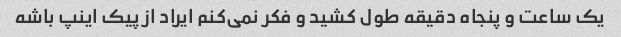
یک ساعت و پنجاه دقیقه طول کشید و فکر نمی‌کنم ایراد از پیک اینپ باشه